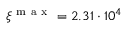
\xi ^ { \mathrm { ~ m ~ a ~ x ~ } } = 2 . 3 1 \cdot 1 0 ^ { 4 }